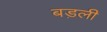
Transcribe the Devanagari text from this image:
बड़ली